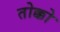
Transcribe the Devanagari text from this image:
तोक्को